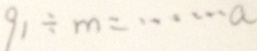
9 1 \div m = \cdots a